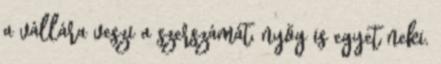
a vállára veszi a szerszámát, nyög is egyet neki.